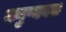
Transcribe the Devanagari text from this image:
मनुष्यबल